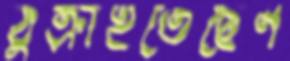
ঠুক্‌রাইতেছেন